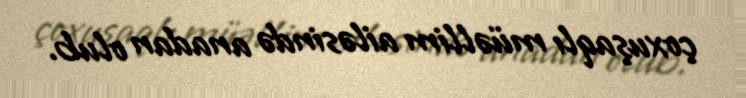
çoxuşaqlı müəllim ailəsində anadan olub.